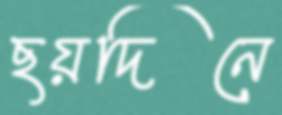
ছয়দিনে